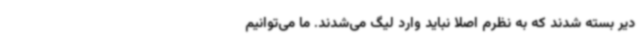
دیر بسته شدند که به نظرم اصلا نباید وارد لیگ می‌شدند. ما می‌توانیم